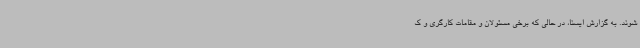
شوند. به گزارش ایسنا، در حالی که برخی مسئولان و مقامات کارگری و ک